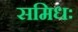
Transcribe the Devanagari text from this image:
समिधः